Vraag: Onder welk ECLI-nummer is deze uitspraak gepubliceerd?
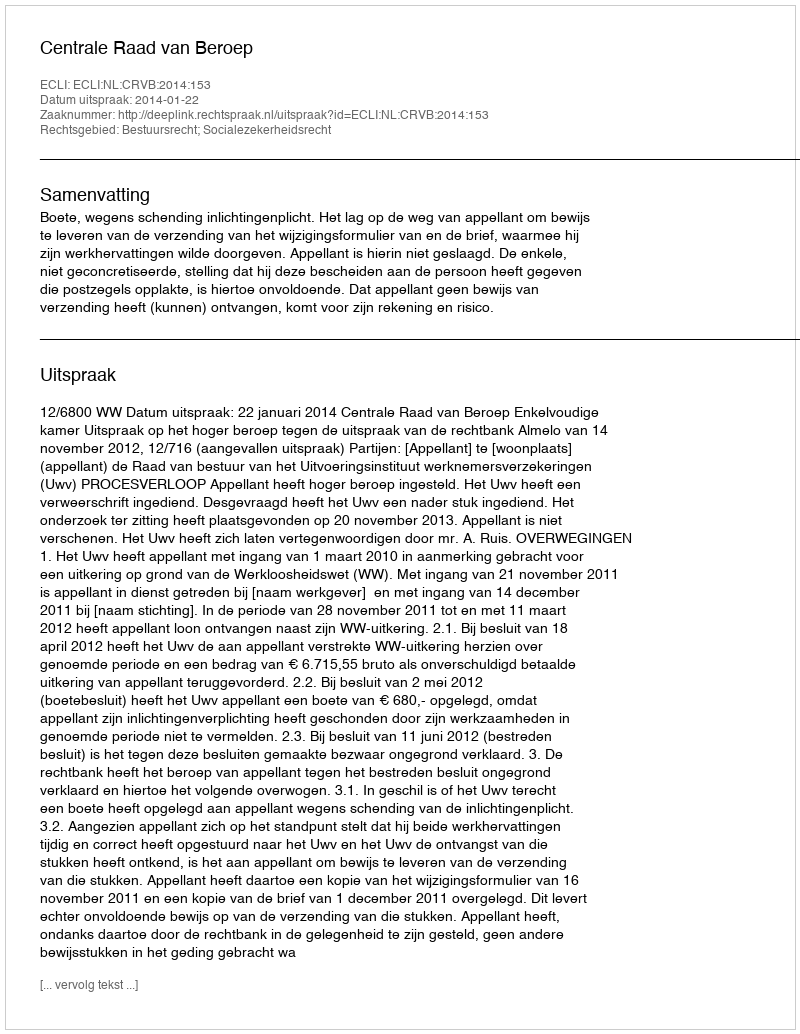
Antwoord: ECLI:NL:CRVB:2014:153